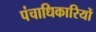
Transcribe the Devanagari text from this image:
पंचाधिकारियों